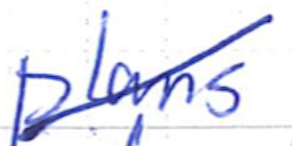
Text: plans
Cross-out: mix
Writing tool: ballpoint